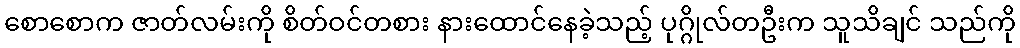
စောစောက ဇာတ်လမ်းကို စိတ်ဝင်တစား နားထောင်နေခဲ့သည့် ပုဂ္ဂိုလ်တဦးက သူသိချင် သည်ကို